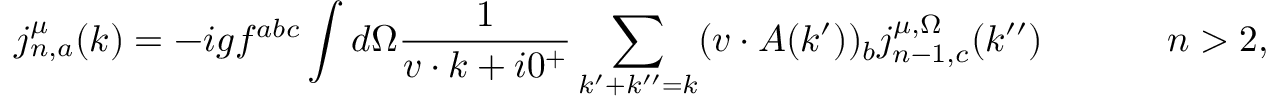
j _ { n , a } ^ { \mu } ( k ) = - i g f ^ { a b c } \int d \Omega { \frac { 1 } { v \cdot k + i 0 ^ { + } } } \sum _ { k ^ { \prime } + k ^ { \prime \prime } = k } ( v \cdot A ( k ^ { \prime } ) ) _ { b } j _ { n - 1 , c } ^ { \mu , \Omega } ( k ^ { \prime \prime } ) \ \ \ \ \ \ \ \ \ \ n > 2 ,